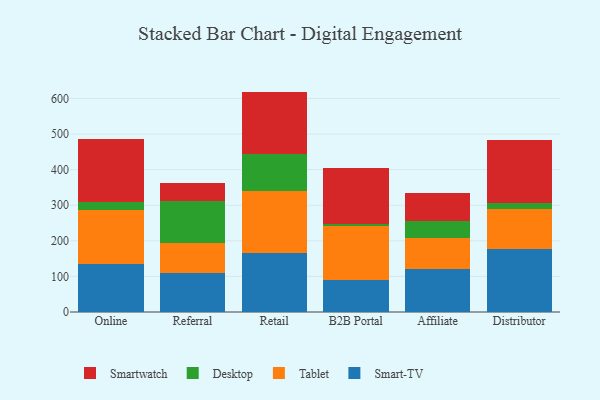
{"axis": {"x": "Channel", "y": "Waste Production (Tons)"}, "legend": ["Desktop", "Smart-TV", "Smartwatch", "Tablet"], "data": [{"x": "Online", "y": 135.6, "type": "Smart-TV"}, {"x": "Online", "y": 150.3, "type": "Tablet"}, {"x": "Online", "y": 22.1, "type": "Desktop"}, {"x": "Online", "y": 177.6, "type": "Smartwatch"}, {"x": "Referral", "y": 109.1, "type": "Smart-TV"}, {"x": "Referral", "y": 84.4, "type": "Tablet"}, {"x": "Referral", "y": 119.4, "type": "Desktop"}, {"x": "Referral", "y": 49.5, "type": "Smartwatch"}, {"x": "Retail", "y": 166.2, "type": "Smart-TV"}, {"x": "Retail", "y": 173.7, "type": "Tablet"}, {"x": "Retail", "y": 103.8, "type": "Desktop"}, {"x": "Retail", "y": 175.7, "type": "Smartwatch"}, {"x": "B2B Portal", "y": 89.7, "type": "Smart-TV"}, {"x": "B2B Portal", "y": 152.1, "type": "Tablet"}, {"x": "B2B Portal", "y": 6.3, "type": "Desktop"}, {"x": "B2B Portal", "y": 157.7, "type": "Smartwatch"}, {"x": "Affiliate", "y": 121.6, "type": "Smart-TV"}, {"x": "Affiliate", "y": 85.7, "type": "Tablet"}, {"x": "Affiliate", "y": 48.4, "type": "Desktop"}, {"x": "Affiliate", "y": 77.6, "type": "Smartwatch"}, {"x": "Distributor", "y": 176.4, "type": "Smart-TV"}, {"x": "Distributor", "y": 111.9, "type": "Tablet"}, {"x": "Distributor", "y": 16.7, "type": "Desktop"}, {"x": "Distributor", "y": 178.3, "type": "Smartwatch"}]}